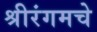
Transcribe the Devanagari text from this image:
श्रीरंगमचे